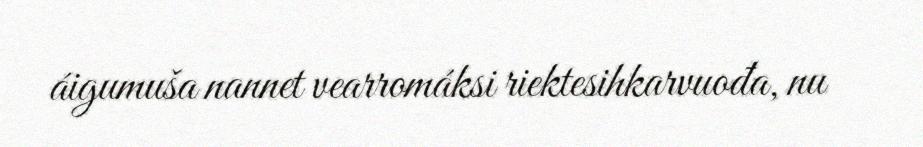
áigumuša nannet vearromáksi riektesihkarvuođa, nu